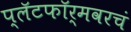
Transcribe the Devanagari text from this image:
प्लॅटफॉर्मवरचं